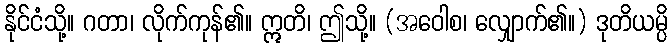
နိုင်ငံသို့။ ဂတာ၊ လိုက်ကုန်၏။ ဣတိ၊ ဤသို့။ (အဝေါစ၊ လျှောက်၏။) ဒုတိယမ္ပိ